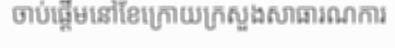
ចាប់ផ្តើមនៅខែក្រោយក្រសួងសាធារណការ